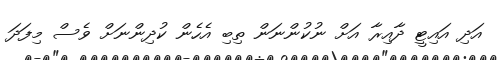
އަދި އައިޓީ ދާއިރާ އަށް ނުކުންނަން ތިބި އެހެން ކުދިންނަށް ވެސް މިފަދަ